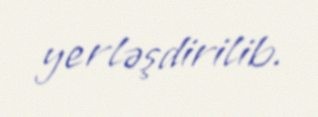
yerləşdirilib.